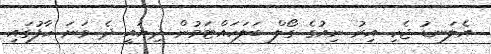
އެލަނޑު ޖެހި އިރު ނިއުގެ ގޯލް ބަލަހައްޓަމުން ދިޔައީ ދެ ވަނަ ހާފުގައި